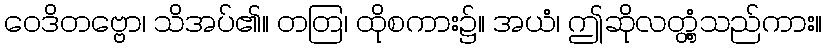
ဝေဒိတဗ္ဗော၊ သိအပ်၏။ တတြ၊ ထိုစကား၌။ အယံ၊ ဤဆိုလတ္တံ့သည်ကား။